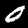
Label: 0